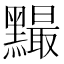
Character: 𪒙